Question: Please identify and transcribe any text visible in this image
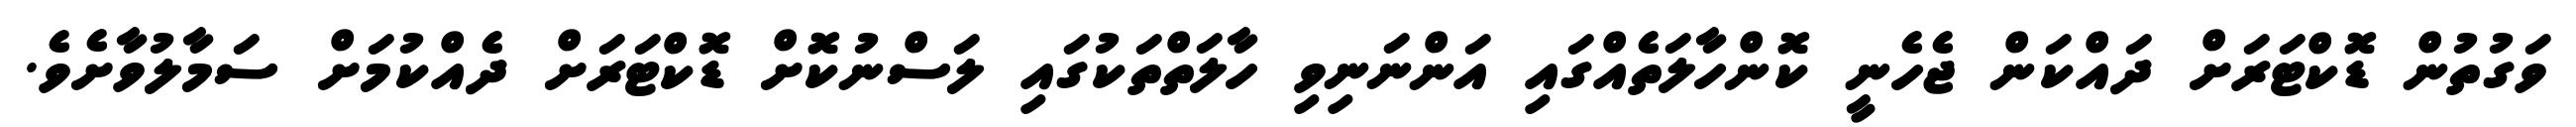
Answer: ވަގުތުން ޑޮކްޓަރަށް ދައްކަން ޖެހެނީ ކޮންހާލަތެއްގައި އަންނަނިވި ހާލަތްތަކުގައި ލަސްނުކޮށް ޑޮކްޓަރަށް ދެއްކުމަށް ސަމާލުވާށެވެ.